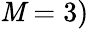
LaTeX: \mathit{M}=3)